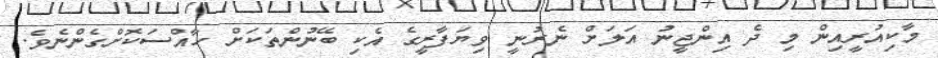
މާކިއުރީއިން މި ދެ އިންޖީނު އަލަށް ނެރުނީ ވިޔަފާރީގެ އެކި ބޭނުންތަކަށް ހާއްސަކޮށްގެންނެވެ.